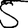
Digit: 5